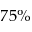
7 5 \%